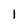
Character: 1